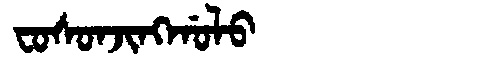
Manchu: ᠸᠣᠰᠣᠨᠵᡳᠩᡤᠣᠯᠣ
Romanization: FOSONJINGGOLO